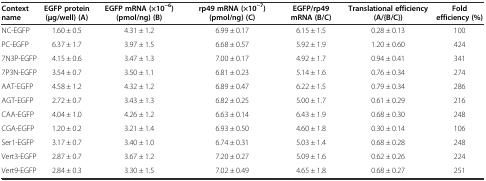
<table><thead><tr><td><b>Context name</b></td><td><b>EGFP protein (μg/well) (A)</b></td><td><b>EGFP mRNA (×10<sup>−6</sup>) (pmol/ng) (B)</b></td><td><b>rp49 mRNA (×10<sup>−7</sup>) (pmol/ng) (C)</b></td><td><b>EGFP/rp49 mRNA (B/C)</b></td><td><b>Translational efficiency (A/{B/C})</b></td><td><b>Fold efficiency (%)</b></td></tr></thead><tbody><tr><td>NC-EGFP</td><td>1.60 ± 0.5</td><td>4.31 ± 1.2</td><td>6.99 ± 0.17</td><td>6.15 ± 1.5</td><td>0.28 ± 0.13</td><td>100</td></tr><tr><td>PC-EGFP</td><td>6.37 ± 1.7</td><td>3.97 ± 1.5</td><td>6.68 ± 0.57</td><td>5.92 ± 1.9</td><td>1.20 ± 0.60</td><td>424</td></tr><tr><td>7N3P-EGFP</td><td>4.15 ± 0.6</td><td>3.47 ± 1.3</td><td>7.00 ± 0.17</td><td>4.92 ± 1.7</td><td>0.94 ± 0.41</td><td>341</td></tr><tr><td>7P3N-EGFP</td><td>3.54 ± 0.7</td><td>3.50 ± 1.1</td><td>6.81 ± 0.23</td><td>5.14 ± 1.6</td><td>0.76 ± 0.34</td><td>274</td></tr><tr><td>AAT-EGFP</td><td>4.58 ± 1.2</td><td>4.32 ± 1.2</td><td>6.89 ± 0.47</td><td>6.22 ± 1.5</td><td>0.79 ± 0.34</td><td>286</td></tr><tr><td>AGT-EGFP</td><td>2.72 ± 0.7</td><td>3.43 ± 1.3</td><td>6.82 ± 0.25</td><td>5.00 ± 1.7</td><td>0.61 ± 0.29</td><td>216</td></tr><tr><td>CAA-EGFP</td><td>4.04 ± 1.0</td><td>4.26 ± 1.2</td><td>6.63 ± 0.14</td><td>6.43 ± 1.9</td><td>0.68 ± 0.30</td><td>248</td></tr><tr><td>CGA-EGFP</td><td>1.20 ± 0.2</td><td>3.21 ± 1.4</td><td>6.93 ± 0.50</td><td>4.60 ± 1.8</td><td>0.30 ± 0.14</td><td>106</td></tr><tr><td>Ser1-EGFP</td><td>3.17 ± 0.7</td><td>3.40 ± 1.0</td><td>6.74 ± 0.31</td><td>5.03 ± 1.4</td><td>0.68 ± 0.28</td><td>248</td></tr><tr><td>Vert3-EGFP</td><td>2.87 ± 0.7</td><td>3.67 ± 1.2</td><td>7.20 ± 0.27</td><td>5.09 ± 1.6</td><td>0.62 ± 0.26</td><td>224</td></tr><tr><td>Vert9-EGFP</td><td>2.84 ± 0.3</td><td>3.30 ± 1.5</td><td>7.02 ± 0.49</td><td>4.65 ± 1.8</td><td>0.68 ± 0.27</td><td>251</td></tr></tbody></table>